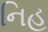
નિહ